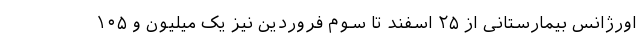
اورژانس بیمارستانی از ۲۵ اسفند تا سوم فروردین نیز یک میلیون و ۱۰۵